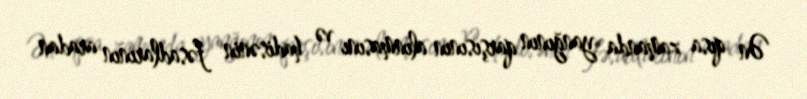
Ən qısa zamanda yanğının qarşısının alınmasını və hadisənin fəsadlarının aradan